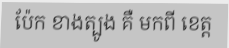
ប៉ែក ខាងត្បូង គឺ មកពី ខេត្ត